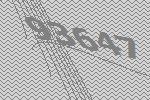
93647